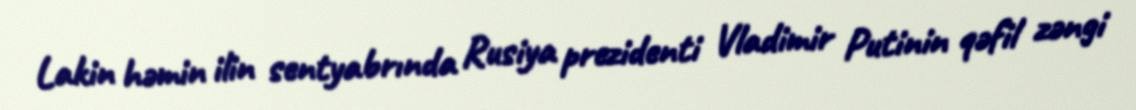
Lakin həmin ilin sentyabrında Rusiya prezidenti Vladimir Putinin qəfil zəngi